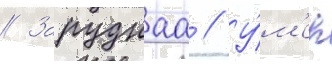
// Заруднаа // У́м'ер